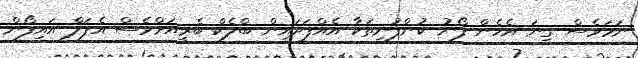
ނަމަވެސް ގިނަ އެހެން ފޯނު ކުންފުނިތަކާ އެއްފަދައިން ބްލެކް ބެރީއަށްވެސް އެޕަލް އައިފޯން